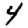
Digit: 4